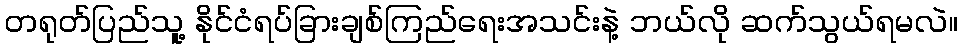
တရုတ်ပြည်သူ့ နိုင်ငံရပ်ခြားချစ်ကြည်ရေးအသင်းနဲ့ ဘယ်လို ဆက်သွယ်ရမလဲ။